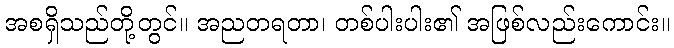
အစရှိသည်တို့တွင်။ အညတရတာ၊ တစ်ပါးပါး၏ အဖြစ်လည်းကောင်း။